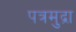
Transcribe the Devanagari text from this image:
पत्रमुद्रा